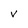
Character: v